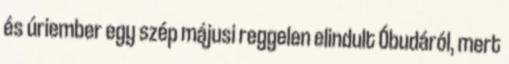
és úriember egy szép májusi reggelen elindult Óbudáról, mert